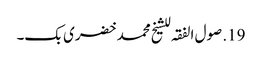
19. صول الفقہ للشیخ محمد خضری بک۔